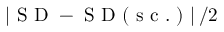
\left| \mathrm { ~ S ~ D ~ - ~ S ~ D ~ ( ~ s ~ c ~ . ~ ) ~ } \right| / 2